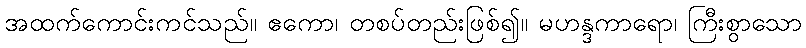
အထက်ကောင်းကင်သည်။ ဧကော၊ တစပ်တည်းဖြစ်၍။ မဟန္ဒကာရော၊ ကြီးစွာသော